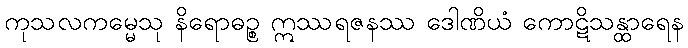
ကုသလကမ္မေသု နိရောဓဉ္စ ဣဿရဇနဿ ဒေါဏိယံ ကောဋိသန္ထာရေန